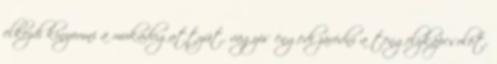
elkezdi kinyomni a mukadugattyút, vagyis engedi záródni a tengelykapcsolót,